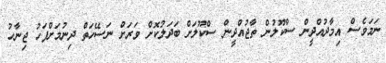
ނަމަވެސް އިމާދުއްދީން ސްކޫލުން ތާޖުއްދީން ސްކޫލަށް ބަދަލުކޮށް ވަރަށް ނަސޭހަތް ދިނުމަށްފަހު ޖިނާހު